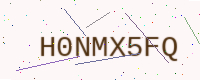
Text: H0NMX5FQ